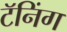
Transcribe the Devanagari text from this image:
टॅनिंग